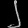
Digit: ၂